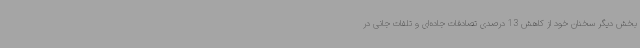
بخش دیگر سخنان خود از کاهش 13 درصدی تصادفات جاده‌ای و تلفات جانی در